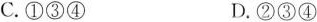
C.①③④D.②③④